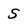
Character: 5